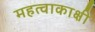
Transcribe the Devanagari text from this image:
महत्वाकाक्षी